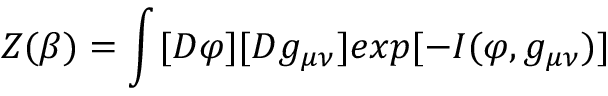
Z ( \beta ) = \int _ { } ^ { } [ { \cal D } \varphi ] [ { \cal D } g _ { \mu \nu } ] e x p [ - I ( \varphi , g _ { \mu \nu } ) ]